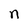
Character: n